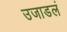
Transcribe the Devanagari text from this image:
उजाडलं